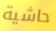
حاشية